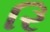
રિ